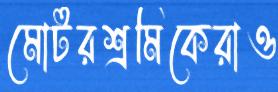
মোটরশ্রমিকেরাও